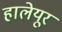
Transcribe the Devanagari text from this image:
हालेयूर